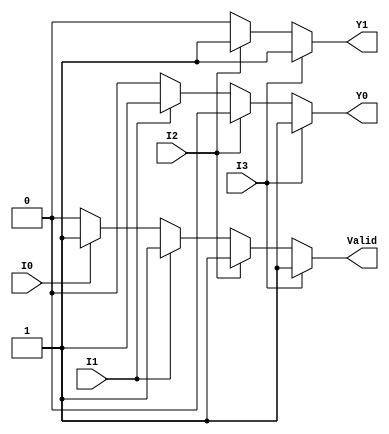
module priority_encoder_4to2 (
    input wire I3,   // Input 3 (highest priority)
    input wire I2,   // Input 2
    input wire I1,   // Input 1
    input wire I0,   // Input 0 (lowest priority)
    output reg Y1,   // Output bit 1
    output reg Y0,   // Output bit 0
    output reg Valid // Valid signal
);

always @(*) begin
    // Default outputs
    Y1 = 1'b0;
    Y0 = 1'b0;
    Valid = 1'b0;

    // Priority encoding logic
    if (I3) begin
        Y1 = 1'b1;
        Y0 = 1'b1;
        Valid = 1'b1;
    end else if (I2) begin
        Y1 = 1'b1;
        Y0 = 1'b0;
        Valid = 1'b1;
    end else if (I1) begin
        Y1 = 1'b0;
        Y0 = 1'b1;
        Valid = 1'b1;
    end else if (I0) begin
        Y1 = 1'b0;
        Y0 = 1'b0;
        Valid = 1'b1;
    end else begin
        // If all inputs are inactive, Valid remains 0
        Valid = 1'b0;
    end
end

endmodule